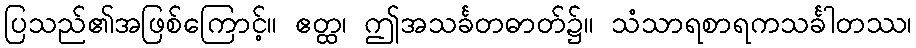
ပြသည်၏အဖြစ်ကြောင့်။ ဧတ္ထ၊ ဤအသင်္ခတဓာတ်၌။ သံသာရစာရကသင်္ခါတဿ၊